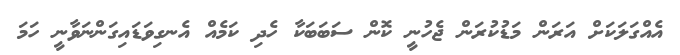
އެއްގަލަކަށް އަރަން މަޑުކުރަން ޖެހުނީ ކޮން ސަބަބަކާ ހެދި ކަމެއް އެނގިވަޑައިގަންނަވާނީ ހަމަ